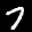
Label: 7